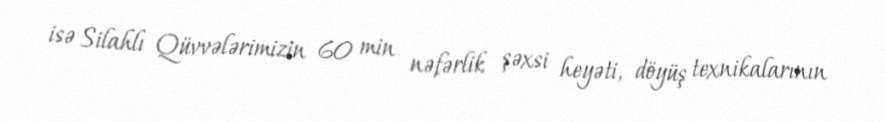
isə Silahlı Qüvvələrimizin 60 min nəfərlik şəxsi heyəti, döyüş texnikalarının